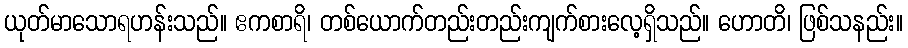
ယုတ်မာသောရဟန်းသည်။ ဧကစာရိ၊ တစ်ယောက်တည်းတည်းကျက်စားလေ့ရှိသည်။ ဟောတိ၊ ဖြစ်သနည်း။